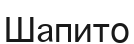
Шапито